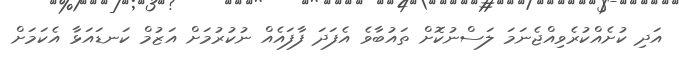
އަދި ކުށެއްކުރެވިއްޖެނަމަ ލަސްނުކޮށް ތައުބާވެ އެފަދަ ފާފައެއް ނުކުރުމަށް އަޒުމް ކަނޑައަޅާ އެކަމަށް